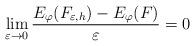
LaTeX: \begin{align*} \lim_{\varepsilon \to 0} \frac{E_{\varphi}(F_{\varepsilon,h}) - E_{\varphi}(F)}{\varepsilon} = 0 \end{align*}